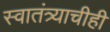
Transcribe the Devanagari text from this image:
स्वातंत्र्याचीही